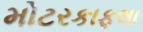
મોટરકાફલા